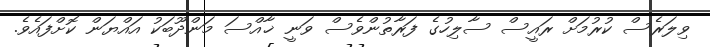
ވިލަރެސް ކުރުމަށް ރައީސް ސާލިހުގެ ފަރާތުންވެސް ވަނީ ޚާއްސަ މަންދޫބަކު އައްޔަން ކޮށްފައެވެ.